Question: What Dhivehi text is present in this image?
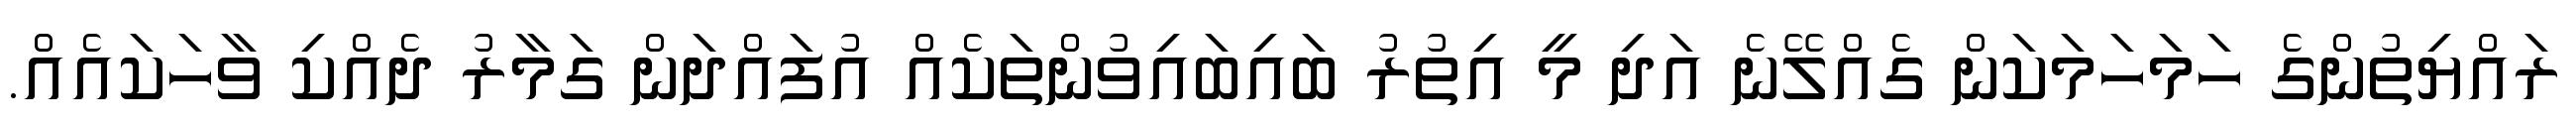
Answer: ރައްޔިތުންގެ ހަމަހަމަކަން ގެއްލޭނެ އަދި މީ އިތުރު ބައިބައިވުންތަކެއް އުފައްދަން ގަމާރު ދެއްކި ވާހަކައެއް.